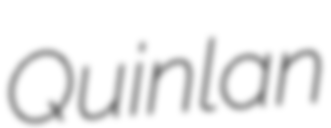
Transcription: Quinlan